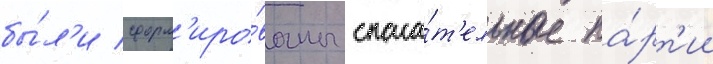
бы́л'и сформ'иро́ваны спаса́т'ельные па́рт'ии